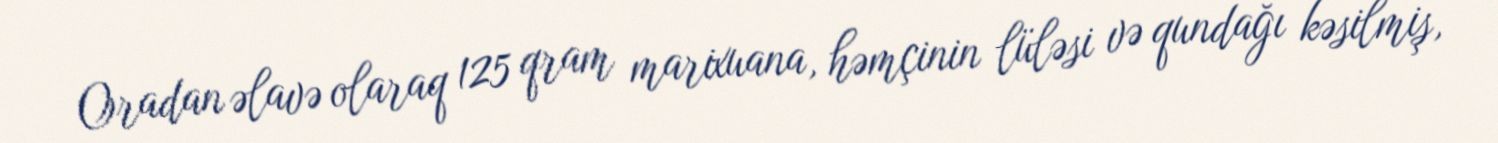
Oradan əlavə olaraq 125 qram marixuana, həmçinin lüləsi və qundağı kəsilmiş,